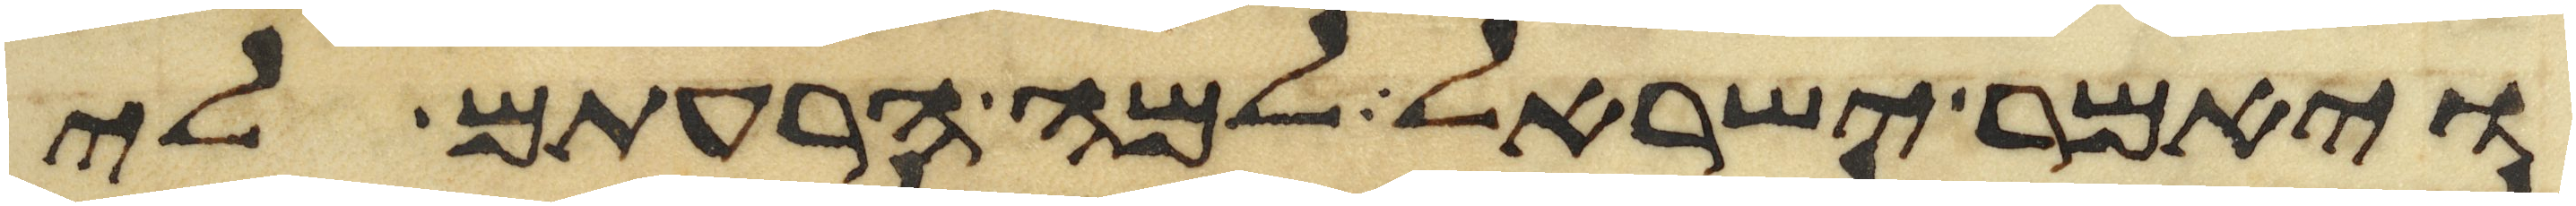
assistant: ויאמר ישראל למה הרעתם לי